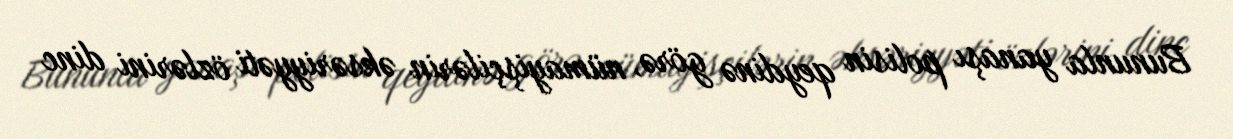
Bununla yanaşı polisin qeydinə görə, nümayişçilərin əksəriyyəti özlərini dinc